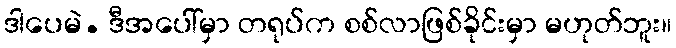
ဒါပေမဲ. ဒီအပေါ်မှာ တရုပ်က စစ်လာဖြစ်ခိုင်းမှာ မဟုတ်ဘူး။